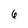
Character: 6